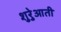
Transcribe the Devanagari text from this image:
शुरेुआती